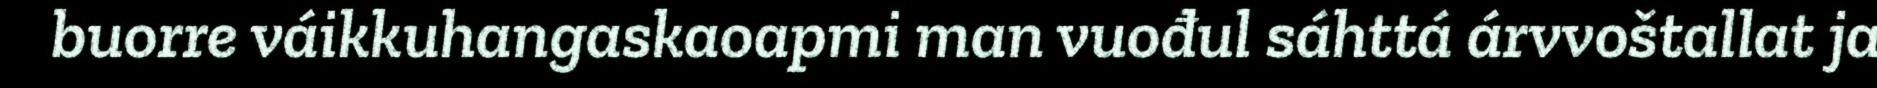
buorre váikkuhangaskaoapmi man vuođul sáhttá árvvoštallat ja